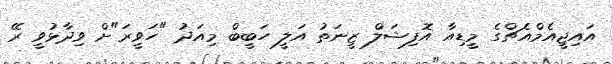
އައިޖީއެމްއެޗްގެ މީޑިއާ އޮފިޝަލް ޒީނަތު އަލީ ހަބީބް މިއަދު "ހަވީރަ"ށް ވިދާޅުވީ ރޭ